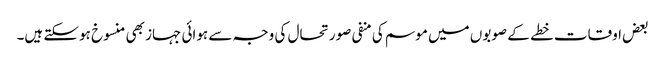
بعض اوقات خطے کے صوبوں میں موسم کی منفی صورتحال کی وجہ سے ہوائی جہاز بھی منسوخ ہوسکتے ہیں۔